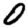
Digit: 0